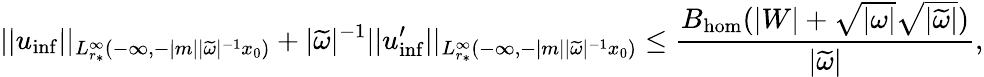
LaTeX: ||u_{\mathrm{inf}}||_{L_{r_{*}}^{\infty}(-\infty,-|m||\widetilde{\omega}|^{-1}x_{0})}+|\widetilde{\omega}|^{-1}||u_{\mathrm{inf}}^{\prime}||_{L_{r_{*}}^{\infty}(-\infty,-|m||\widetilde{\omega}|^{-1}x_{0})}\leq\frac{B_{\mathrm{hom}}(|W|+\sqrt{|\omega|}\sqrt{|\widetilde{\omega}|})}{|\widetilde{\omega}|},